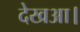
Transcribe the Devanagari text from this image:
देखआ।